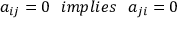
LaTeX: a _ { i j } = 0 \: \: \: i m p l i e s \: \: \: a _ { j i } = 0